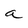
Character: a